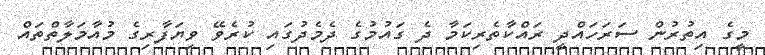
މީގެ އިތުރުން ސަރަހައްދީ ރައްކާތެރިކަމާ ދެ ގައުމުގެ ދެމެދުގައި ކުރެވޭ ވިޔަފާރިގެ މުއާމަލާތްތައް